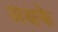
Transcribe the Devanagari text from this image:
अक्षके